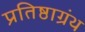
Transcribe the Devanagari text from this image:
प्रतिष्ठाग्रंथ